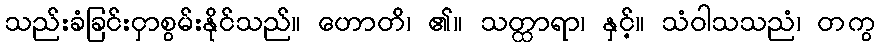
သည်းခံခြင်းငှာစွမ်းနိုင်သည်။ ဟောတိ၊ ၏။ သတ္ထာရာ၊ နှင့်။ သံဝါသသညံ၊ တကွ